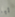
تبا